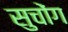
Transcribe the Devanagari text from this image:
सुचोंग